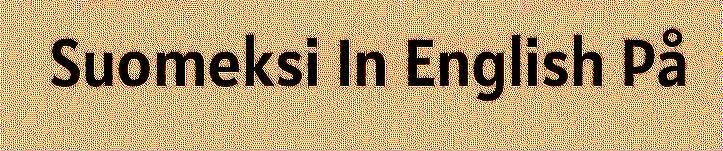
Suomeksi In English På